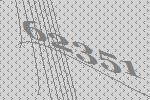
62351